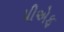
પીએફ